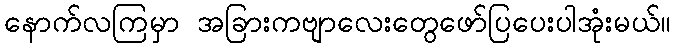
နောက်လကြမှာ အခြားကဗျာလေးတွေဖော်ပြပေးပါအုံးမယ်။